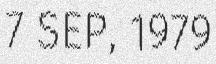
7 SEP, 1979